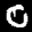
Label: 0